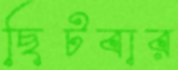
ছিটবার